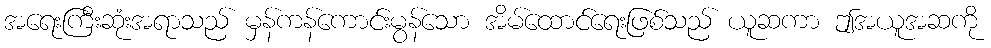
အရေးကြီးဆုံးအရာသည် မှန်ကန်ကောင်းမွန်သော အိမ်ထောင်ရေးဖြစ်သည် ယူဆကာ ဤအယူအဆကို